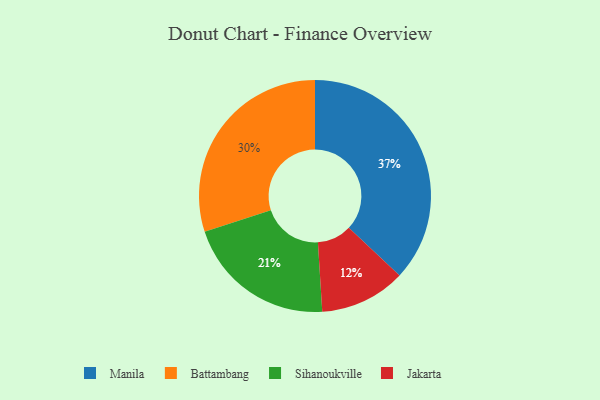
{"axis": {"x": "Category", "y": "Percentage"}, "legend": ["Battambang", "Jakarta", "Manila", "Sihanoukville"], "data": [{"x": "Jakarta", "y": 12, "type": "Jakarta"}, {"x": "Manila", "y": 37, "type": "Manila"}, {"x": "Sihanoukville", "y": 21, "type": "Sihanoukville"}, {"x": "Battambang", "y": 30, "type": "Battambang"}]}